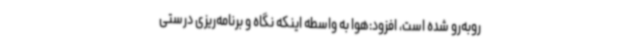
روبه‌رو شده است، افزود:هوا به واسطه اینکه نگاه و برنامه‌ریزی درستی